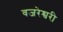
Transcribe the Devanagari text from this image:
वजरेश्वरी